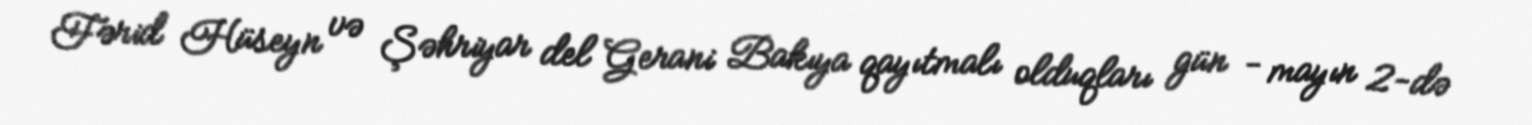
Fərid Hüseyn və Şəhriyar del Gerani Bakıya qayıtmalı olduqları gün - mayın 2-də